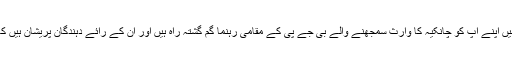
اس صورتحال میں اپنے آپ کو چانکیہ کا وارث سمجھنے والے بی جے پی کے مقامی رہنما گم گشتہ راہ ہیں اور ان کے رائے دہندگان پریشان ہیں کہ کیا کیا جائے؟